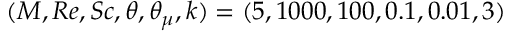
( M , R e , S c , \theta , \theta _ { \mu } , k ) = ( 5 , 1 0 0 0 , 1 0 0 , 0 . 1 , 0 . 0 1 , 3 )